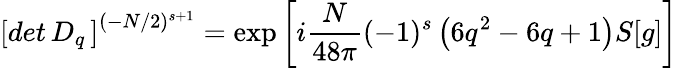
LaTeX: \left[det\, D_{q}\, \right]^{(-N/2)^{s+1}}=\exp\left[i{\frac{N}{48\pi}}(-1)^{s}\left(6q^{2}-6q+1\right)S[g]\right]